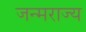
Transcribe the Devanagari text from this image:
जन्मराज्य